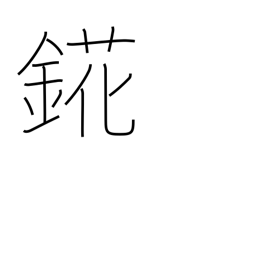
Meaning: holmium